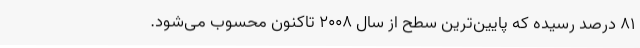
81 درصد رسیده که پایین‌ترین سطح از سال 2008 تاکنون محسوب می‌شود.